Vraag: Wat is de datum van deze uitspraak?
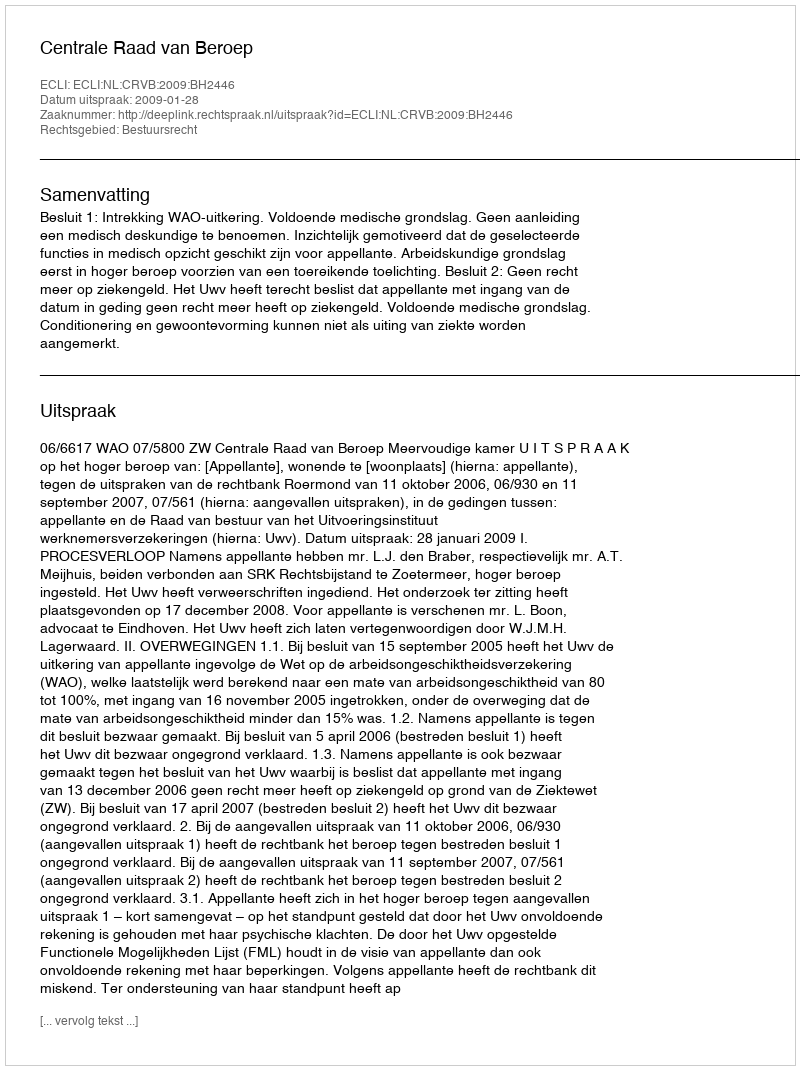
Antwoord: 2009-01-28